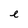
Character: e